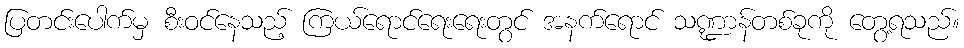
ပြတင်းပေါက်မှ စီးဝင်နေသည့် ကြယ်ရောင်ရေးရေးတွင် အနက်ရောင် သဏ္ဍာန်တစ်ခုကို တွေ့ရသည်။